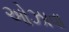
ઓઝાવા